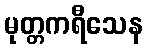
မုတ္တကရီသေန